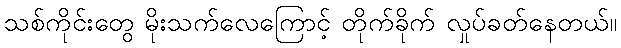
သစ်ကိုင်းတွေ မိုးသက်လေကြောင့် တိုက်ခိုက် လှုပ်ခတ်နေတယ်။